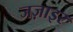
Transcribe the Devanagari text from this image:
जज़ाइर